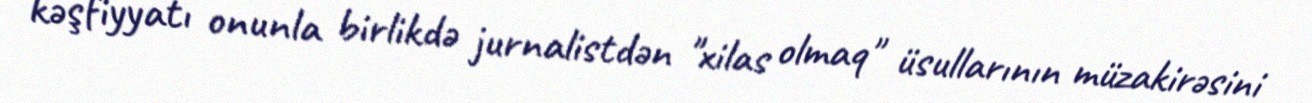
kəşfiyyatı onunla birlikdə jurnalistdən "xilas olmaq" üsullarının müzakirəsini